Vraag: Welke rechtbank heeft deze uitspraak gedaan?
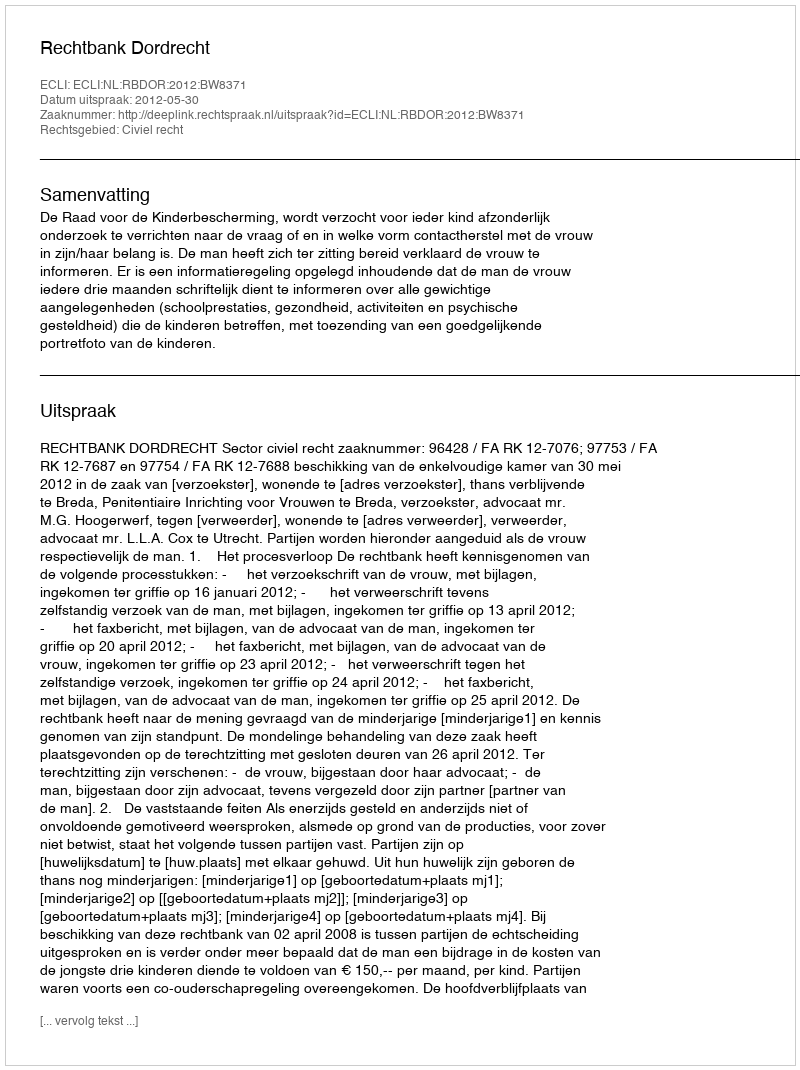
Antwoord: Rechtbank Dordrecht